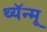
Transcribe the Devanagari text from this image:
थ्यॅन्मू